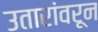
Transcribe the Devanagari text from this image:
उतारांवरून